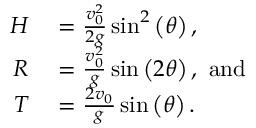
\begin{array} { r l } { H } & { { } = { \frac { v _ { 0 } ^ { 2 } } { 2 g } } \sin ^ { 2 } \left( \theta \right) , } \\ { R } & { { } = { \frac { v _ { 0 } ^ { 2 } } { g } } \sin \left( 2 \theta \right) , ~ { \mathrm { a n d } } } \\ { T } & { { } = { \frac { 2 v _ { 0 } } { g } } \sin \left( \theta \right) . } \end{array}